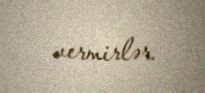
vermirlər.